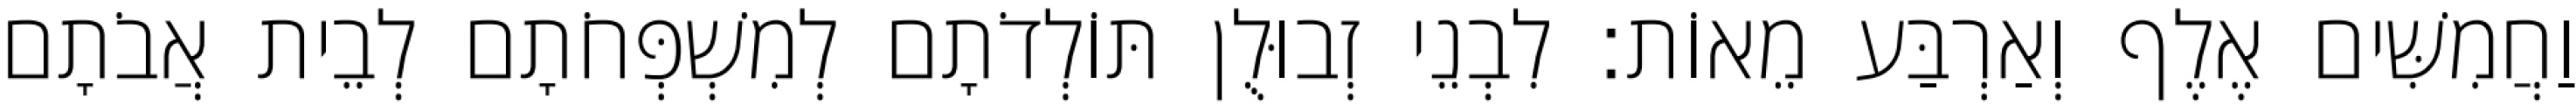
וַחֲמִשִּׁים אֶלֶף וְאַרְבַּע מֵאוֹת׃ לִבְנֵי זְבוּלֻן תּוֹלְדֹתָם לְמִשְׁפְּחֹתָם לְבֵית אֲבֹתָם